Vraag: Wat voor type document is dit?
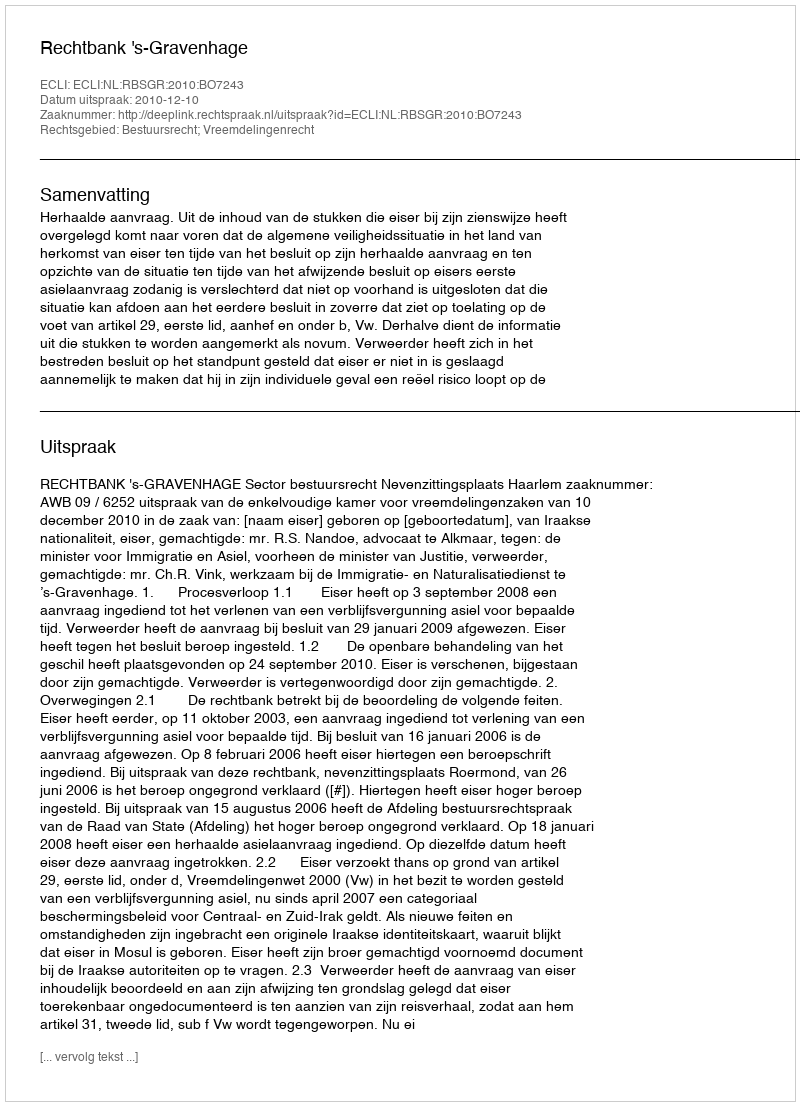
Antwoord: Uitspraak